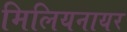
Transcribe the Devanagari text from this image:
मिलियनायर